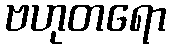
ဗဟုတရော